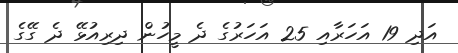
އަދި 19 އަހަރާއި 25 އަހަރުގެ ދެ މީހުން ދިރިއުޅޭ ދެ ގޭގެ